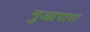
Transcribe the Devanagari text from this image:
नुआपारा